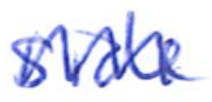
Text: side
Cross-out: zig-zag
Writing tool: ballpoint